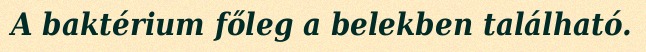
A baktérium főleg a belekben található.